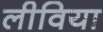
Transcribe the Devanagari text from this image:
लीविया